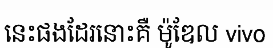
នេះផងដែរនោះគឺ ម៉ូឌែល vivo